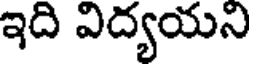
ఇది విద్యయని